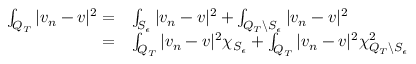
\begin{array} { r l } { \int _ { Q _ { T } } | v _ { n } - v | ^ { 2 } = } & { \int _ { S _ { \epsilon } } | v _ { n } - v | ^ { 2 } + \int _ { Q _ { T } \backslash S _ { \epsilon } } | v _ { n } - v | ^ { 2 } } \\ { = } & { \int _ { Q _ { T } } | v _ { n } - v | ^ { 2 } \chi _ { S _ { \epsilon } } + \int _ { Q _ { T } } | v _ { n } - v | ^ { 2 } \chi _ { Q _ { T } \backslash S _ { \epsilon } } ^ { 2 } } \end{array}